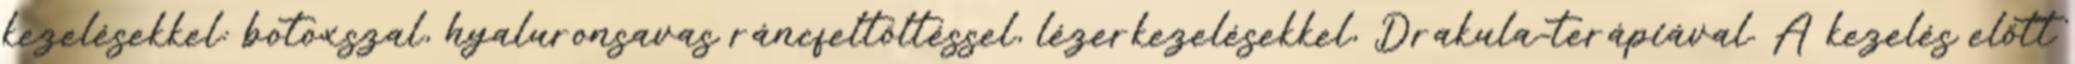
kezelésekkel: botoxszal, hyaluronsavas ráncfeltöltéssel, lézerkezelésekkel, Drakula-terápiával. A kezelés előtt